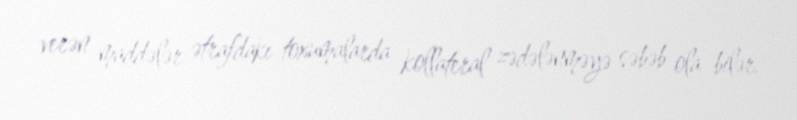
verən maddələr ətrafdakı toxumalarda kollateral zədələnməyə səbəb ola bilər.